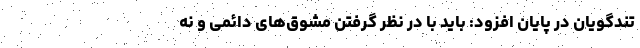
تندگویان در پایان افزود: باید با در نظر گرفتن مشوق‌های دائمی و نه